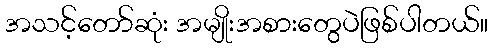
အသင့်တော်ဆုံး အမျိုးအစားတွေပဲဖြစ်ပါတယ်။